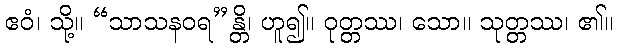
ဧဝံ၊ သို့။ “သာသနဝရ”န္တိ၊ ဟူ၍။ ဝုတ္တဿ၊ သော။ သုတ္တဿ၊ ၏။